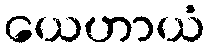
ယေဟာယံ